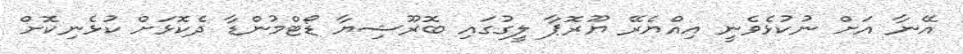
އޭނާ އަށް ނުކުޅެވެނީ އިއްޔެރޭ ޔޫރޮޕާ ލީގުގައި ބޮރޫޝިޔާ ޑޯޓްމުންޑާ ދެކޮޅަށް ކުޅެނިކޮށް